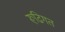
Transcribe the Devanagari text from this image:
रूढि़गत